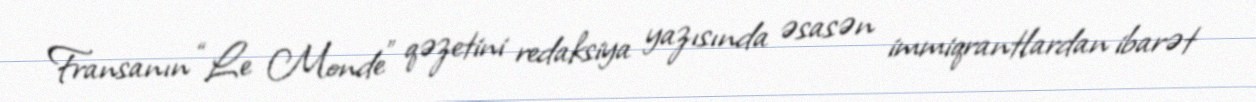
Fransanın “Le Monde” qəzetini redaksiya yazısında əsasən immiqrantlardan ibarət